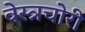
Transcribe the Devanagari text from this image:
वेस्त्रचोरी